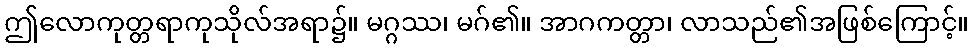
ဤလောကုတ္တရာကုသိုလ်အရာ၌။ မဂ္ဂဿ၊ မဂ်၏။ အာဂကတ္တာ၊ လာသည်၏အဖြစ်ကြောင့်။